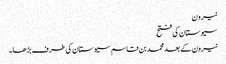
نیرون
سیوستان کی فتح
نیرون کے بعد محمد بن قاسم سیوستان کی طرف بڑھا۔